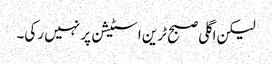
لیکن اگلی صبح ٹرین اسٹیشن پر نہیں رکی۔